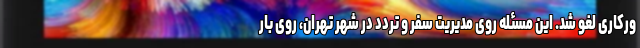
ورکاری لغو شد. این مسئله روی مدیریت سفر و تردد در شهر تهران، روی بار